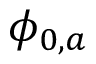
\phi _ { 0 , a }